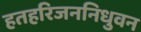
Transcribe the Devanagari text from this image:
हतहरिजननिधुवन